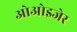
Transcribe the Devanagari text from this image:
ओओइजेर